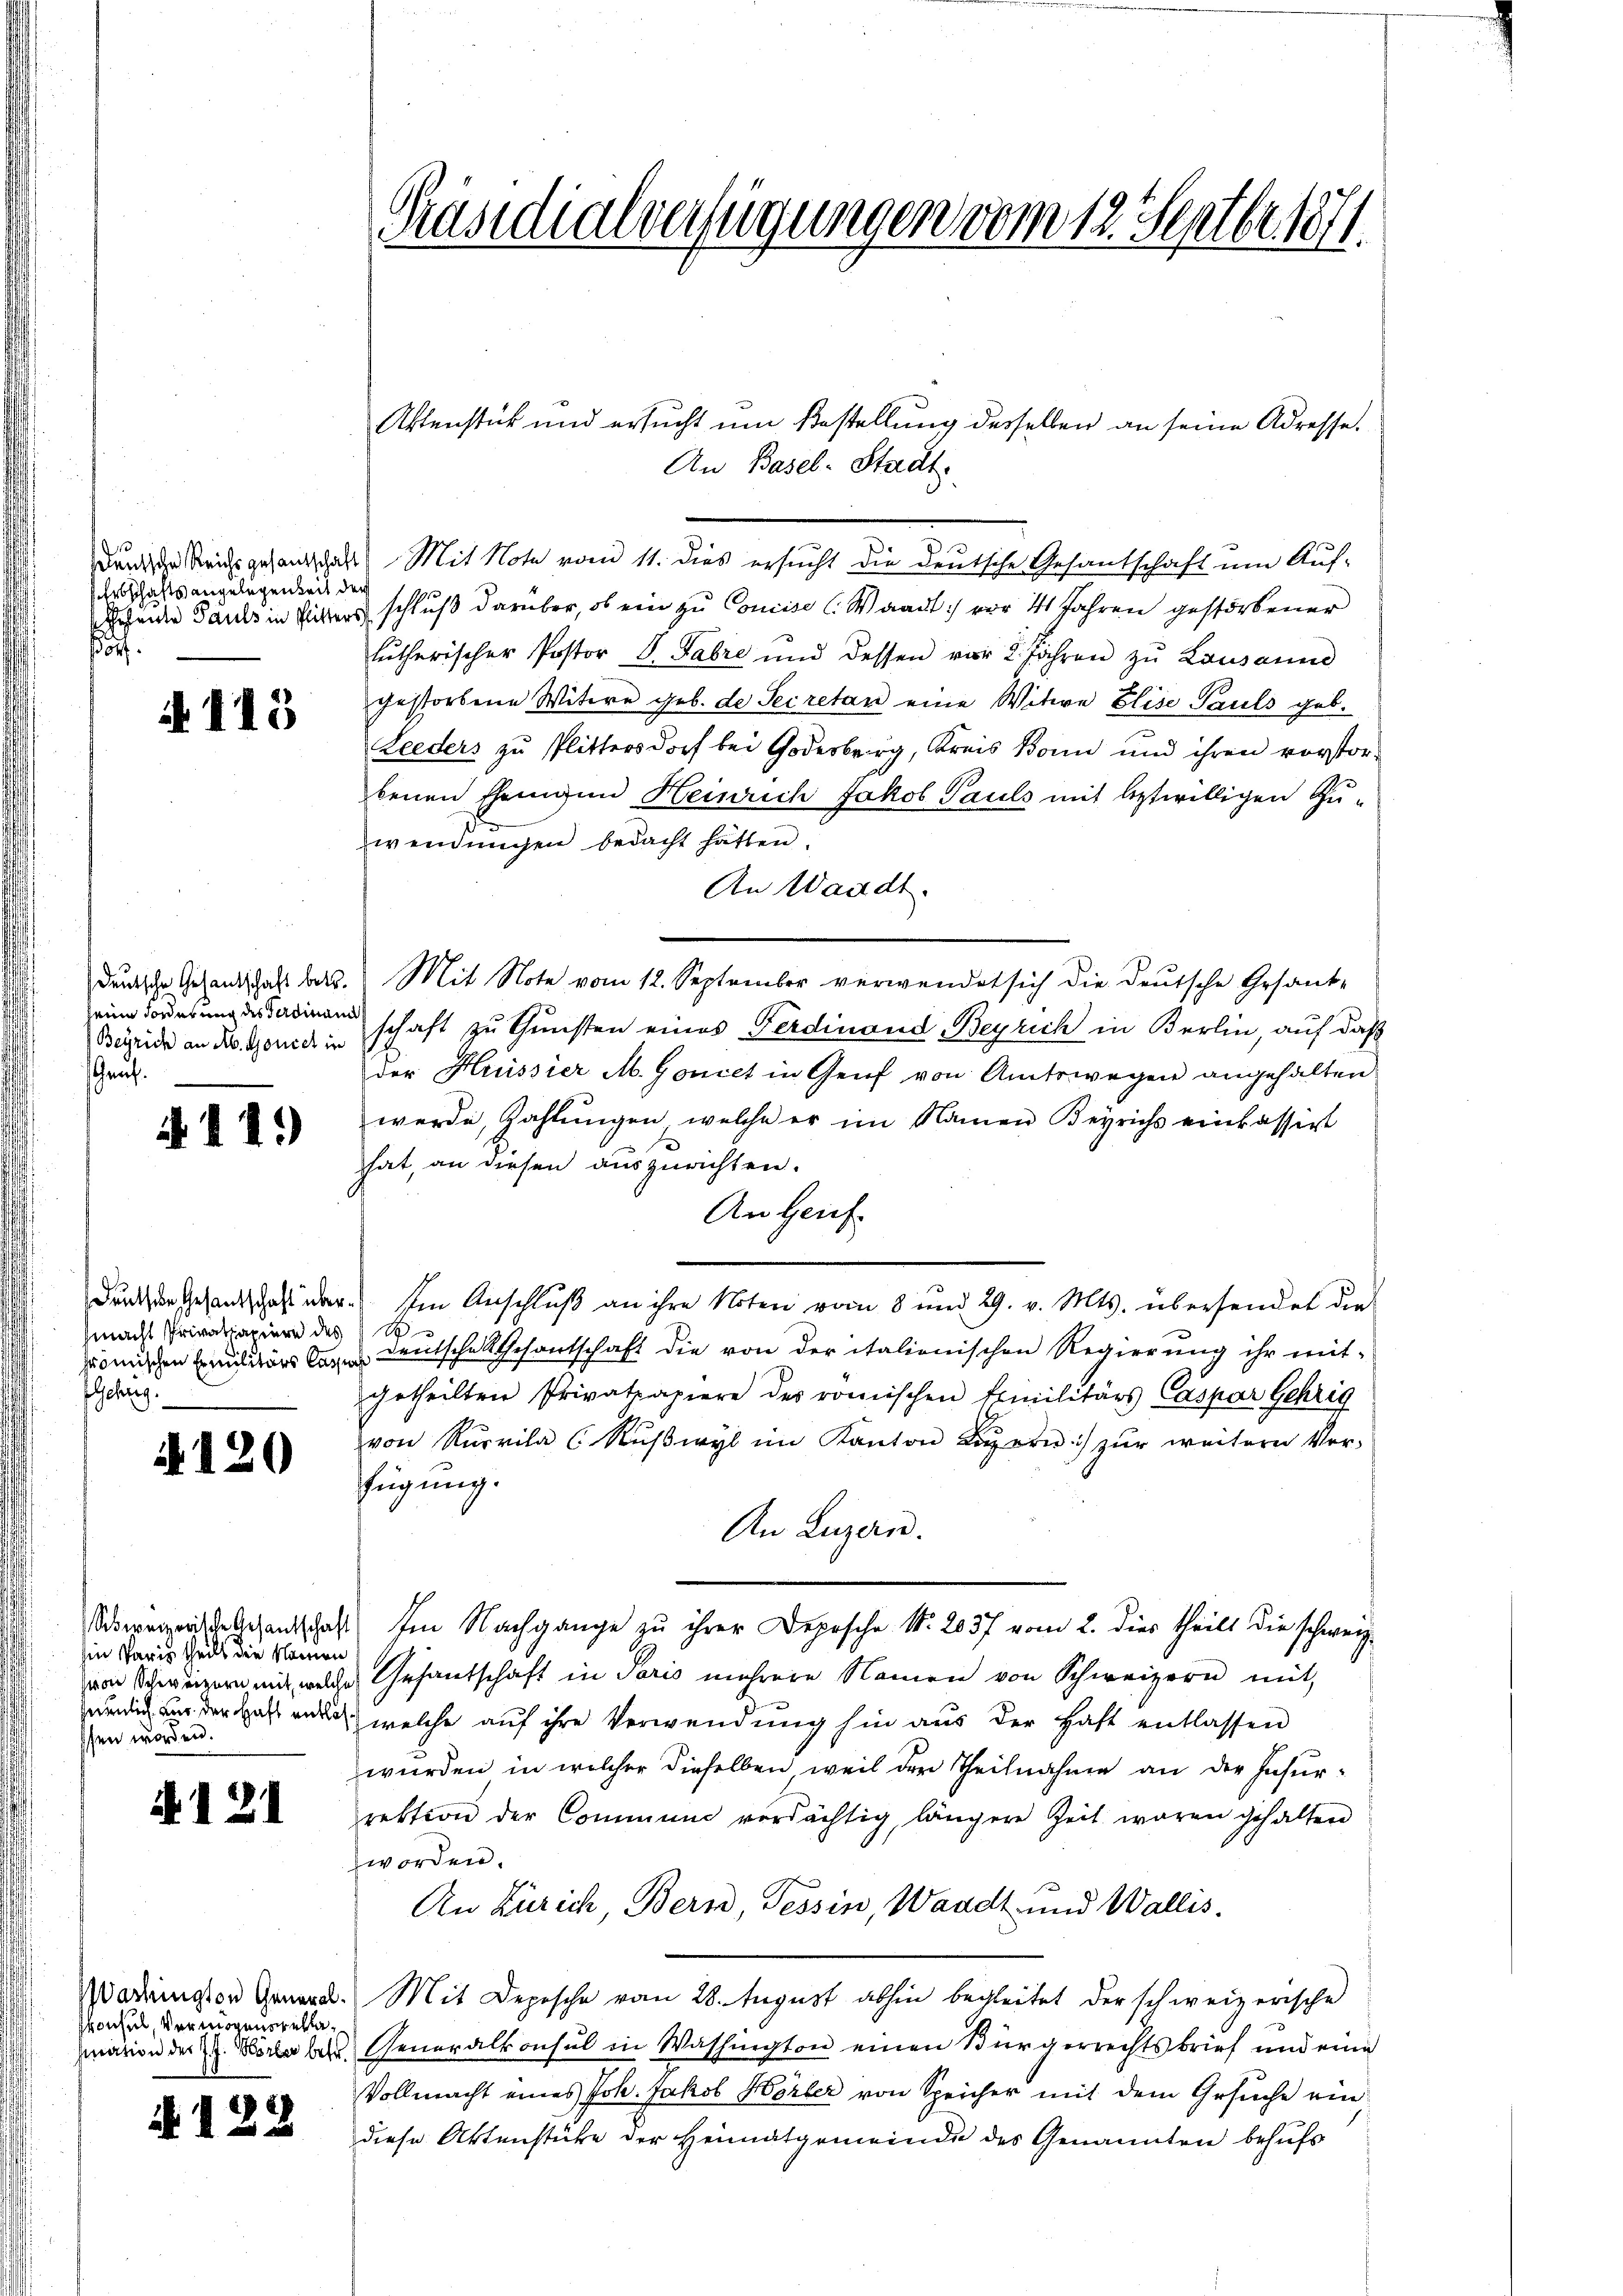
sdeutsche Reichsgesantschaft
SErbschaftsangelegenheit der
hestente Pauls in Pitters
dorf.

A 113

deutsche Gesantschaft betr.
eine Forderung des Ferdinand
Beÿrich an Av. Goniel in
Gen.

4119)

Deutsche Gesantschaft übermacht Privatpapiere des
hromischen Ermilitärs Casse
schung.

4120

Schweizerische Gesandschaft
in Paris theils die Namen
von Schweizern mit, welche
iemlich aus der Haft entlasffen worden.

A121

Wachington Generalkonsul, vermögenstelle,
siation der J. J. Wörter betr.

A122

Präsidialverfügungen vom 12. Septbr. 1871.

Aktenstück und ersucht um Bestellung desselben an seine Adresse¬
An Basel-Stadt.
Mit Note vom 11. dies ersucht die deutsche Gesandschaft um Aufschluß darüber, ob ein zu Concise (Waadt) vor 4 Jahren gestorbener
lütherischer Postor Dr. Fabri und dessen vor 2 Jahren zŭ Lausanne
gestorbene Witwe geb. de Secretan eine Witwe Elise Pauls geb.
Leeders zu Plittersdorf bei Godesberg, Kreis Bonn und ihren vorstorbenen Ehenigen Heinrich Jakob Pauls mit betwilligen Zuwendungen bedacht hätten.
An Waadt.
Mit Note vom 12. September verwendet sich die Deutsche Gesank-
schaft zu Gunsten eines Ferdinand Begrich in Berlin, auf daß
der Hussier M. Goncet in Genf von Amtswegen angehalten
werde, Zahlungen, welche er im Namen Beyrichs einkassirt
hat, an diesen auszurichten.
An Genf
Im Anschluß an ihre Noten vom 8 und 29. v. Mts. übersendet die
S
Deutsche Gesantschaft die von der italienischen Regierung ihr mitgetheilten Privatpapiere des römischen Emilitärs Caspar Gehrig
von Rŭrrila (Rŭβwyl im Kanton Lien) zur weitere Ver-
fügung.
An Luzern.
Im Nachgange zu ihrer Depesche No. 205 f vom 2. dies theilt die schweiz
Gesantschaft in Paris mehrere Namen von Schweizern mit
welche auf ihre Verwendung hin aus der Haft entlassen
wurden in welcher dieselben weil der Theilnahme an der Insur-
rektion der Communi verdächtig, längere Zeit waren gehalten
worden.
An Zürich Bern, Tessin, Waadt und Wallis.
Mit Depesche vom 28. August abhin begleitet der schweizerische
Generalkonsul in Washington einen Bürgerrechtsbrief und eine
Vollmacht eines Joh. Jakob Horber von Speicher mit dem Gesuche ein
iese Aktenstücke der Heimatgemeinde des Genannten behufs